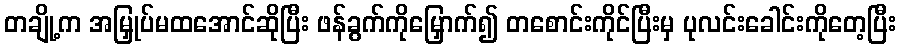
တချို့က အမြှုပ်မထအောင်ဆိုပြီး ဖန်ခွက်ကိုမြှောက်၍ တစောင်းကိုင်ပြီးမှ ပုလင်းခေါင်းကိုတေ့ပြီး